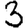
Digit: 3